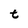
Character: t